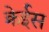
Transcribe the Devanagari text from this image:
क्रेईस